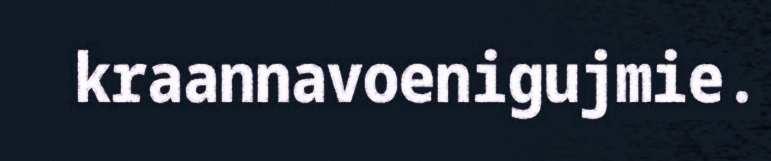
kraannavoenigujmie.